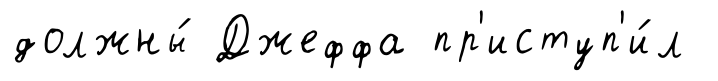
должны́ Джеффа пр'иступ'и́л